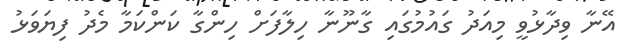
އޭނާ ވިދާޅުވީ މިއަދު ގައުމުގައި ގާނޫނާ ހިލާފަށް ހިންގާ ކަންކަމާ މެދު ފިޔަވަޅު